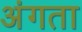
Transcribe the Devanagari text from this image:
अंगता